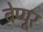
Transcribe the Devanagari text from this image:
बेप्पूर